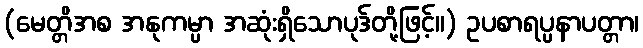
(မေတ္တိအစ အနုကမ္ပာ အဆုံးရှိသောပုဒ်တို့ဖြင့်။) ဥပစာရပ္ပနာပတ္တာ၊